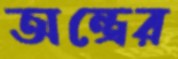
অন্ত্রের